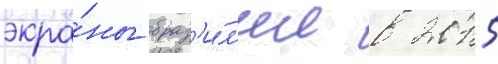
экра́ны браз'и́л'ии в 2015